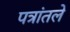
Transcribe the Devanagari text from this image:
पत्रांतले